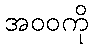
အဝဝကို